Vaccine operations Central Provinces 1900-1911 - 1900-1911
Year: 1900
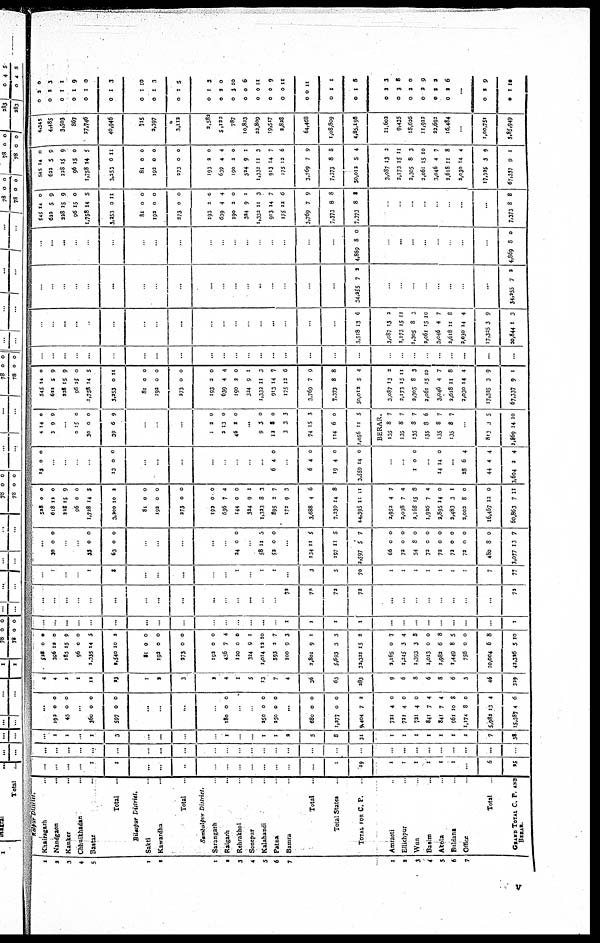
1
2
3
4
5
1
2
1
2
3
4
5
6
7
1
2
3
4
5
6
7
Raipur District.
Khairagarh ...
Nandgaon ...
Kanker ...
Chhuikhadan ...
Bastar ...
Total
...
Bilaspur District.
Sakti ...
Kawardha ...
Total
...
Sambalpur District.
Sarangarh ...
Raigarh
...
Rehrakhol ...
Sonepur ...
Kalahandi ...
Patna ...
Bamra ...
Total
...
Total States
...
TOTAL FOR C. P. ...
Amraoti ..
Ellichpur ...
Wun ...
Basim ...
Akola ...
Buldana ...
Office ...
Total ...
GRAND TOTAL C. P. AND
BERAR.
...
...
...
...
1
1
...
...
...
..
...
...
..
...
...
...
...
1
19
1
1
1
1
1
1
...
6
25
...
...
...
...
...
...
...
...
...
...
...
...
...
...
..
...
...
...
...
...
...
...
...
...
...
...
...
...
...
1
1
...
1
3
...
...
...
..
1
...
...
1
1
2
5
8
31
1
1
1
1
1
1
1
7
38
...
192
45
0
0
0
0
...
360
597
0
0
0
0
...
...
...
...
180 0 0
...
...
250
250
0
0
0
0
...
680
1,227
9,404
0
0
7
0
0
3
721
721
721
841
841
961
1,174
5,982
15,387
4
4
4
7
7
10
8
13
4
0
0
0
4
4
8
0
4
6
4
4
3
1
12
23
1
2
3
3
4
1
5
13
7
4
36
63
283
9
6
8
6
8
6
3
46
329
528
396
183
96
1,335
2,540
0
19
15
0
14
10
0
0
9
0
5
2
81
192
273
0
0
0
0
0
0
192
456
120
324
1,014
593
100
3,801
5,693
32,321
0
7
0
9
12
3
9
9
3
15
0
4
0
1
10
7
3
1
3
2
2,165
1,245
1,393
1,013
1,982
1,449
756
10,004
42,326
0
3
3
0
6
8
0
6
5
7
4
8
0
8
5
0
8
10
...
...
...
..
...
...
...
...
...
...
...
...
...
...
..
1
1
1
1
...
..
...
...
...
...
...
..
1
...
...
...
...
...
...
...
...
...
...
...
...
...
...
...
72
72
72
72
...
...
. .
...
...
...
...
...
72
..
1
...
...
1
3
..
...
...
...
...
1
...
1
1
...
3
5
70
1
1
1
1
1
1
1
7
77
...
30 0 0
...
...
33
63
0
0
0
0
...
...
...
...
...
24 0 0
...
58
52
11
0
5
0
...
134
197
2,597
11
11
5
5
5
7
66
72
54
72
72
72
72
480
3,077
0
0
8
0
0
0
0
8
13
0
0
0
0
0
0
0
0
7
528
618
228
96
1,728
3,200
0
12
15
0
14
10
0
0
9
0
5
3
81
192
273
0
0
0
0
0
0
192
636
144
324
1,323
895
172
3,688
7,239
44,395
0
7
0
9
8
2
9
4
14
11
0
4
0
1
3
7
3
6
8
11
2,952
2,038
2,168
1,926
2,895
2,483
2,002
16,467
60,863
4
7
15
7
14
3
8
12
7
7
4
8
4
0
1
0
0
11
13 0 0
...
..
..
13 0 0
...
..
...
...
...
...
...
...
6 4 0
...
6
19
3,559
4
4
14
0
0
0
...
...
1 0 0
...
14 14 0
...
28
44
3,604
6
4
2
4
4
4
4
3
14
9
0
9
...
0
30
39
15
0
6
0
0
9
...
...
...
1
3
46
2
13
2
0
0
0
...
9
12
3
74
114
2,056
3
8
3
15
6
11
0
0
3
3
0
5
BERAR.
135
135
135
135
135
135
8
8
8
8
8
8
7
7
7
6
7
1
...
813
2,869
3
14
5
10
545
622
228
96
1,758
3,253
14
5
15
15
14
0
0
9
9
0
5
11
81
192
273
0
0
0
0
0
0
193
639
190
324
1,332
913
175
3,769
7,373
50,012
2
4
2
9
11
14
12
7
8
5
0
4
0
1
3
7
6
9
8
4
3,087
2,173
2,305
2,061
3,046
2,618
2,030
17,325
67,337
13
15
8
15
4
11
14
3
9
2
11
3
10
7
8
4
9
1
...
...
...
...
...
...
...
...
..
...
...
...
..
...
..
...
...
...
...
...
...
...
...
...
..
...
...
...
...
...
...
..
...
...
..
...
...
...
...
...
...
...
...
...
...
...
3,518 13 6
3,087
2,173
2,305
2,061
3,046
2,618
2,030
17,325
30,844
13
15
8
15
4
11
14
3
1
2
11
3
10
7
8
4
9
3
...
...
...
..
...
...
...
...
...
...
...
...
...
...
...
...
...
...
34,255 7 2
...
...
...
...
...
...
..
..
34,255 7 2
...
...
...
..
...
...
...
...
...
...
...
...
...
...
...
...
...
...
4,869 8 0
...
...
..
...
...
...
...
..
4,869 8 0
545
622
228
96
1,758
3,253
14
5
15
15
14
0
0
9
9
0
5
11
81
192
273
0
0
0
0
0
0
193
639
190
324
1,332
913
175
3,769
7,373
7,373
2
4
3
9
11
14
12
7
8
8
0
4
0
1
3
7
6
9
8
8
...
...
..
..
...
...
...
...
7,373 8 8
545
622
228
96
1,758
3,253
14
5
15
15
14
0
0
9
9
0
5
11
81
192
273
0
0
0
0
0
0
193
639
190
324
1,332
913
175
3,769
7,373
50,012
2
4
2
9
11
14
12
7
8
5
0
4
0
1
3
7
6
9
8
4
3,087
2,173
2,305
2,061
3,046
2,618
2,030
17,325
67,337
13
15
8
15
4
11
14
3
9
2
11
3
10
7
8
4
9
1
4,345
4,485
3,503
867
27,746
40,946
715
2,397
3,112
2,582
5,122
787
10,823
22,809
19,517
2,828
64,468
1,08,809
4,85,198
21,602
9,435
18,636
11,912
22,692
16,484
..
1,00,751
5,85,949
0
0
0
0
0
0
2
2
1
1
1
1
0
3
1
9
0
3
0
0
0
1
1
1
10
3
5
0
0
0
0
0
0
0
0
0
0
1
2
3
0
0
0
0
0
1
1
3
0
10
6
11
9
11
11
1
8
0
0
0
0
0
0
2
3
2
2
2
2
3
8
0
9
2
6
...
0
0
2
1
9
10
v